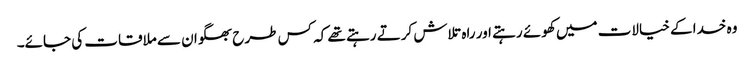
وہ خدا کے خیالات میں کھوئے رہتے اور راہ تلاش کرتے رہتے تھے کہ کس طرح بھگوان سے ملاقات کی جائے۔